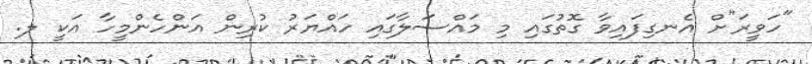
"ހަވީރަ"ށް އެނގިފައިވާ ގޮތުގައި މި މައްސަލާގައި ހައްޔަރު ކުރިން އަންހެންމީހާ އަކީ ލ.